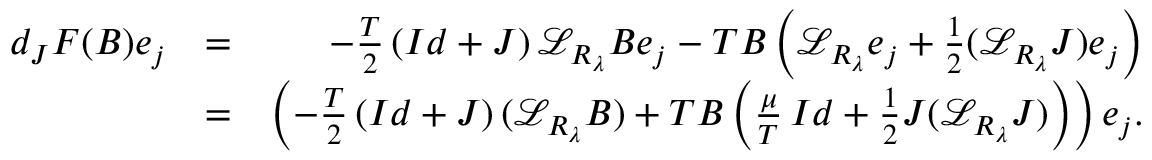
\begin{array} { r l r } { d _ { J } F ( B ) e _ { j } } & { = } & { - \frac { T } 2 \left( I d + J \right) { \mathcal L } _ { R _ { \lambda } } B e _ { j } - T B \left( { \mathcal L } _ { R _ { \lambda } } e _ { j } + \frac 1 2 ( { \mathcal L } _ { R _ { \lambda } } J ) e _ { j } \right) } \\ & { = } & { \left( - \frac { T } 2 \left( I d + J \right) ( { \mathcal L } _ { R _ { \lambda } } B ) + T B \left( \frac { \mu } { T } \, I d + \frac 1 2 J ( { \mathcal L } _ { R _ { \lambda } } J ) \right) \right) e _ { j } . } \end{array}